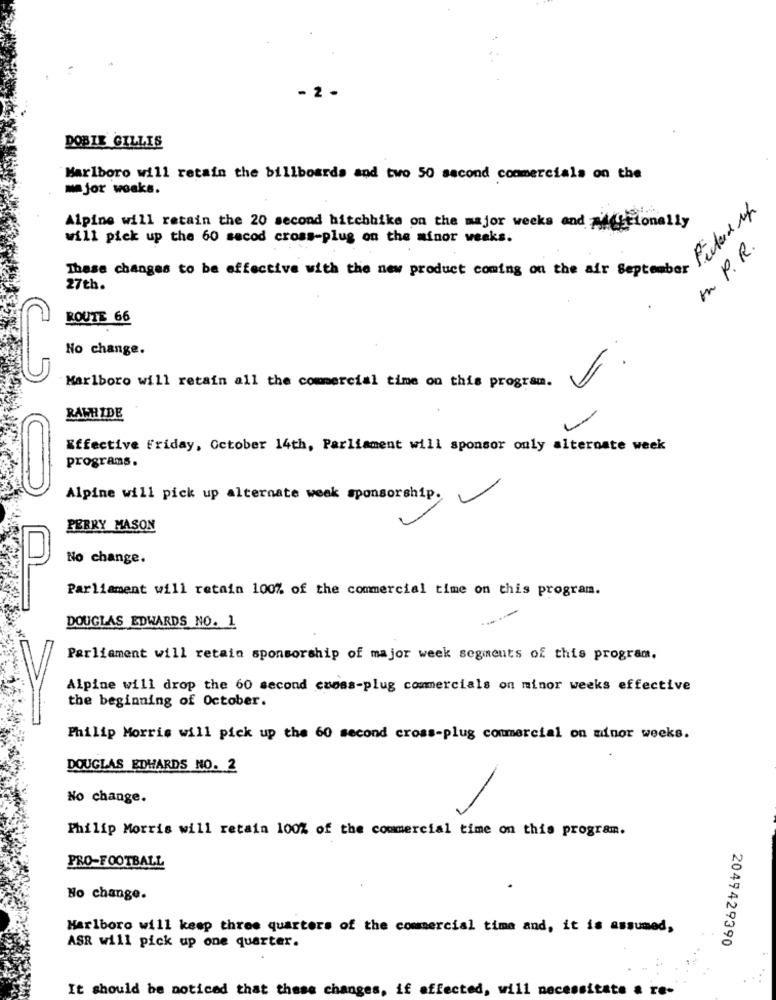
- 2 -
DOBIE GILLIS
Marlboro will retain the billboards and two 50 second commercials on the
mejor weaks.
Picked up
Alpine will retain the 20 second hitchhike on the major weeks and Addicionally
will pick up the 60 secod cross-plug on the minor weeks.
In P.R.
These changes to be effective with the new product coming on the air September
27th.
ROUTE 66
No change.
Marlboro will retain all the commercial time on this program.
RAWHIDE
Effective Friday, October 14th, Parliament will sponsor only alternate week
programs.
Alpine will pick up alternate week sponsorship.
PERRY MASON
No change.
Parliament will retain 100% of the commercial time on this program.
OL
DOUGLAS EDWARDS NO. 1
Parliament will retain sponsorship of major week segments of this program.
Alpine will drop the 60 second camas-plug commercials on minor weeks effective
the beginning of October.
Philip Morris will pick up the 60 second cross-plug commercial on minor weeks.
DOUGLAS EDWARDS NO. 2
No change.
Philip Morris will retain 100% of the commercial time on this program.
PRO-FOOTBALL
.
No change.
Marlboro will keep three quarters of the commercial time and, it is assumed,
2049429390
ASR will pick up one quarter.
It should be noticed that these changes, if affected, will necessit
te
re-